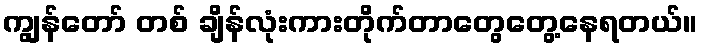
ကျွန်တော် တစ် ချိန်လုံးကားတိုက်တာတွေတွေ့နေရတယ်။